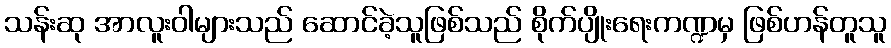
သန်းဆု အာလူးဝါများသည် ဆောင်ခဲ့သူဖြစ်သည် စိုက်ပျိုးရေးကဏ္ဍမှ ဖြစ်ဟန်တူသူ